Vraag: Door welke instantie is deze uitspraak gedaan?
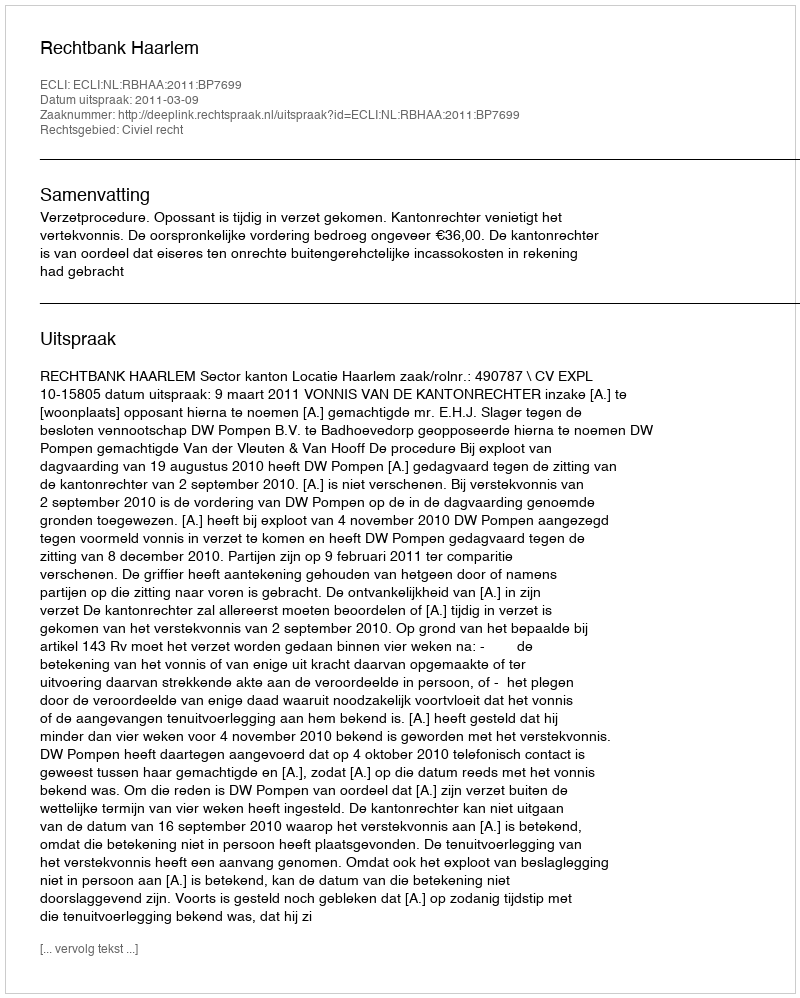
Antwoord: Rechtbank Haarlem